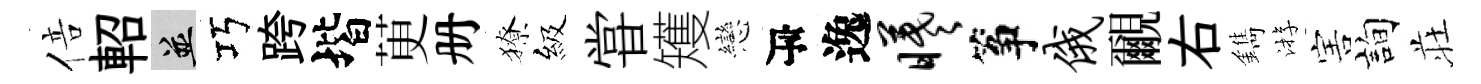
倍軺并巧跨堦茰册獠級甞矱戀瓴逸曦筝俄覼右鐫㳺害詢荘